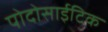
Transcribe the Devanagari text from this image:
पोदोसाईटिक